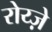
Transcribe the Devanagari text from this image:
रोय्ज़े